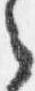
之